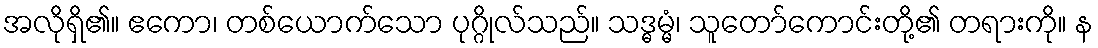
အလိုရှိ၏။ ဧကော၊ တစ်ယောက်သော ပုဂ္ဂိုလ်သည်။ သဒ္ဓမ္မံ၊ သူတော်ကောင်းတို့၏ တရားကို။ န